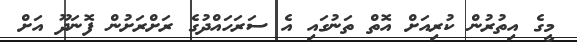
މީގެ އިތުރުން ކުރިއަށް އޮތް ތަނުގައި އެ ސަރަހައްދުގެ ރަށްރަށުން ފޮނަދޫ އަށް